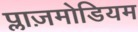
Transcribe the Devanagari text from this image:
प्लाज़मोडियम